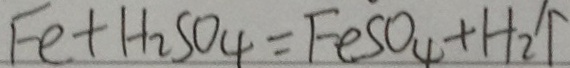
F e + H _ { 2 } S O _ { 4 } = F e S O _ { 4 } + H _ { 2 } \uparrow